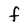
Character: F